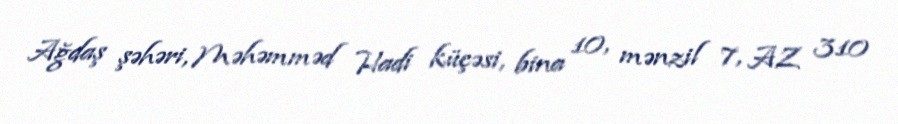
Ağdaş şəhəri, Məhəmməd Hadi küçəsi, bina 10, mənzil 7, AZ 310